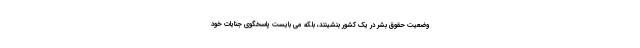
وضعیت حقوق بشر در یک کشور بنشینند، بلکه می بایست پاسخگوی جنایات خود